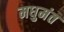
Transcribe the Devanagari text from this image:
मधुमंत